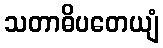
သတာဓိပတေယျံ